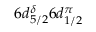
6 d _ { 5 / 2 } ^ { \delta } 6 d _ { 1 / 2 } ^ { \pi }